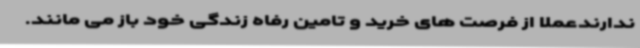
ندارندعملا از فرصت های خرید و تامین رفاه زندگی خود باز می مانند.